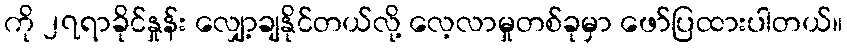
ကို ၂၇ရာခိုင်နှုန်း လျှော့ချနိုင်တယ်လို့ လေ့လာမှုတစ်ခုမှာ ဖော်ပြထားပါတယ်။